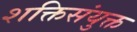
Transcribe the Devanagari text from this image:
शक्तिसंयुक्त